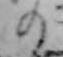
の